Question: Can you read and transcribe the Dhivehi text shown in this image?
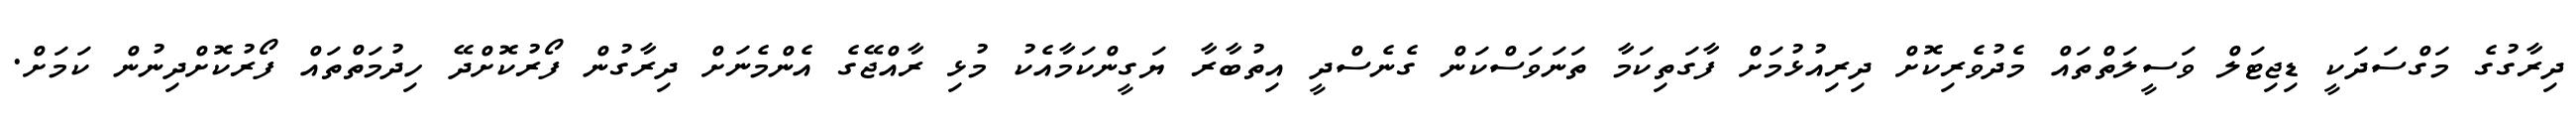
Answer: ދިރާގުގެ މަގްސަދަކީ ޑިޖިޓަލް ވަސީލަތްތައް މެދުވެރިކޮށް ދިރިއުޅުމަށް ފާގަތިކަމާ ތަނަވަސްކަން ގެނެސްދީ އިތުބާރާ ޔަގީންކަމާއެކު މުޅި ރާއްޖޭގެ އެންމެނަށް ދިރާގުން ފޯރުކޮށްދޭ ހިދުމަތްތައް ފޯރުކޮށްދިނުން ކަމަށް.